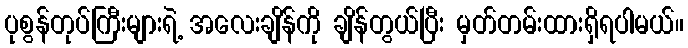
ပုစွန်တုပ်ကြီးများရဲ့ အလေးချိန်ကို ချိန်တွယ်ပြီး မှတ်တမ်းထားရှိရပါမယ်။